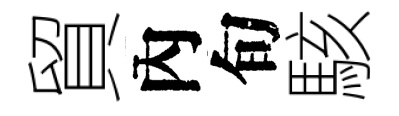
貿內旬駭